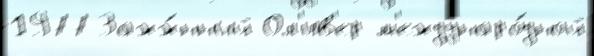
1977 Зажж́нный Ол'ив'ер м'еждунаро́дной